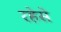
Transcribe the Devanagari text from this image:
रहेसे